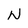
Character: N